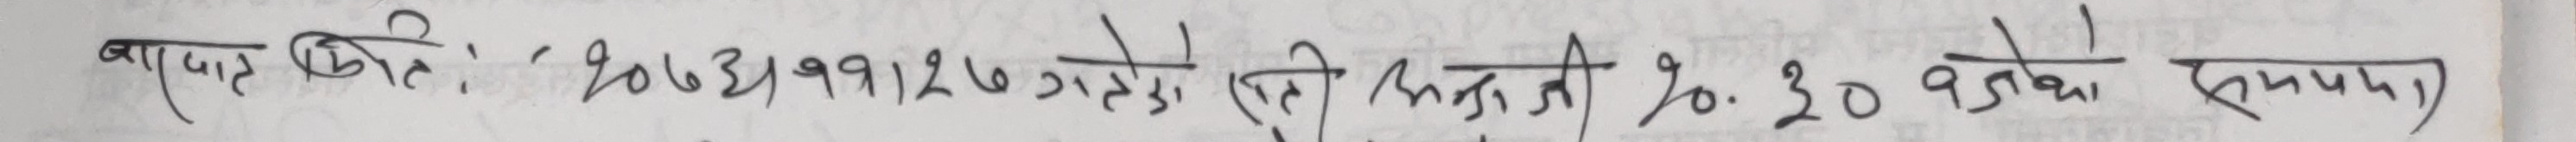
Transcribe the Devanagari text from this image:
बापट मिति: २०७३/११/२७ गते विहान १०:३० बजे सम्म)